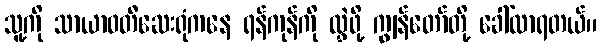
သူ့ကို သာယာဝတီဆေးရုံကနေ ရန်ကုန်ကို လွှဲဖို့ ကျွန်တော်တို့ ခေါ်လာရတယ်။